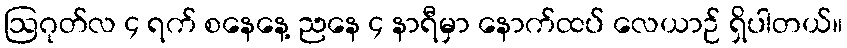
ဩဂုတ်လ ၄ ရက် စနေနေ့ ညနေ ၄ နာရီမှာ နောက်ထပ် လေယာဉ် ရှိပါတယ်။